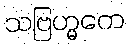
သဗြဟ္မကေ